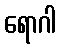
ရောဂါ